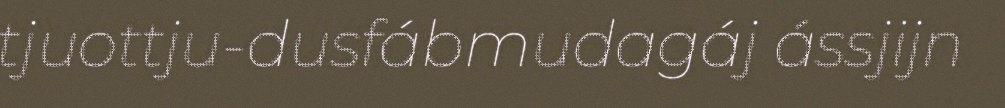
tjuottju-dusfábmudagáj ássjijn